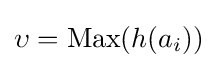
\upsilon =\mathrm {Max} (h(a_{i}))